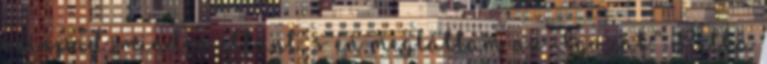
színpad, minden eltűnt, s én megláttam az Igazat.” Ritka